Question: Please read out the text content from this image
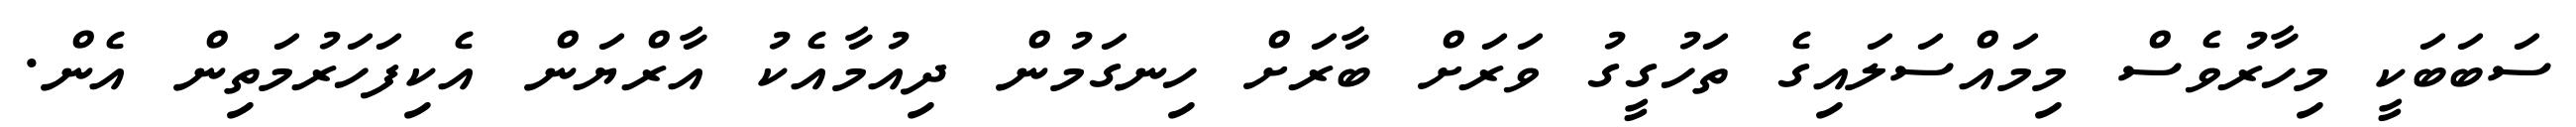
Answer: ސަބަބަކީ މިހާރުވެސް މިމައްސަލައިގެ ތަހުގީގު ވަރަށް ބާރަށް ހިނގަމުން ދިއުމާއެކު އާރްޔަން އެކިފަހަރުމަތިން އެން.